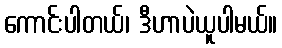
ကောင်းပါတယ်၊ ဒီဟာပဲယူပါမယ်။